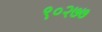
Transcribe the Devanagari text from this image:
९०२७७